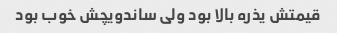
قیمتش یذره بالا بود ولی ساندویچش خوب بود